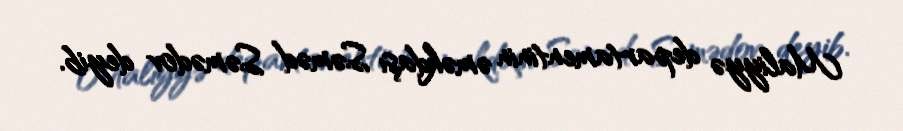
Maliyyə departamentinin əməkdaşı Səməd Səmədov deyib.